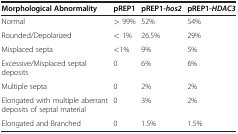
<table><thead><tr><td><b>Morphological Abnormality</b></td><td><b>pREP1</b></td><td><b>pREP1-<i>hos2</i></b></td><td><b>pREP1-<i>HDAC3</i></b></td></tr></thead><tbody><tr><td>Normal</td><td>&gt; 99%</td><td>52%</td><td>54%</td></tr><tr><td>Rounded/Depolarized</td><td>&lt; 1%</td><td>26.5%</td><td>29%</td></tr><tr><td>Misplaced septa</td><td>&lt;1%</td><td>9%</td><td>5%</td></tr><tr><td>Excessive/Misplaced septal deposits</td><td>0</td><td>6%</td><td>6%</td></tr><tr><td>Multiple septa</td><td>0</td><td>2%</td><td>2%</td></tr><tr><td>Elongated with multiple aberrant deposits of septal material</td><td>0</td><td>3%</td><td>2%</td></tr><tr><td>Elongated and Branched</td><td>0</td><td>1.5%</td><td>1.5%</td></tr></tbody></table>